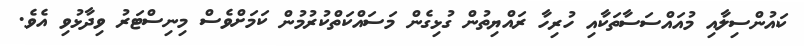
ކައުންސިލާއި މުއައްސަސާތަކާއި ހުރިހާ ރައްޔިތުން ގުޅިގެން މަސައްކަތްކުރުމުން ކަމަށްވެސް މިނިސްޓަރު ވިދާޅުވި އެވެ.